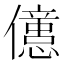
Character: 𠐥